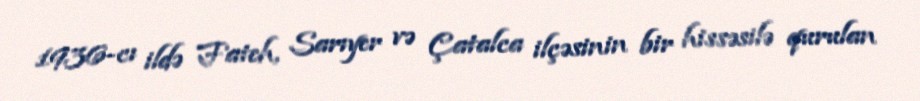
1936-cı ildə Fateh, Sarıyer və Çatalca ilçəsinin bir hissəsilə qurulan